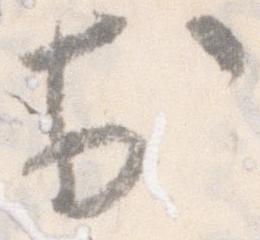
於